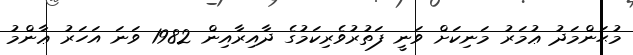
މުޙަންމަދު ޢުމަރު މަނިކަށް ވަނީ ފަތުރުވެރިކަމުގެ ދާއިރާއިން 1982 ވަނަ އަހަރު ޢާންމު